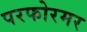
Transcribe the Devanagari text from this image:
परफोरमर